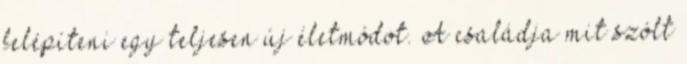
felépíteni egy teljesen új életmódot. A családja mit szólt